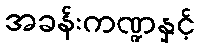
အခန်းကဏ္ဍနှင့်